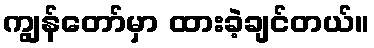
ကျွန်တော်မှာ ထားခဲ့ချင်တယ်။